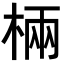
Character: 𣓈